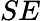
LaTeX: SE